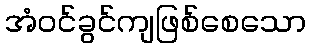
အံဝင်ခွင်ကျဖြစ်စေသော